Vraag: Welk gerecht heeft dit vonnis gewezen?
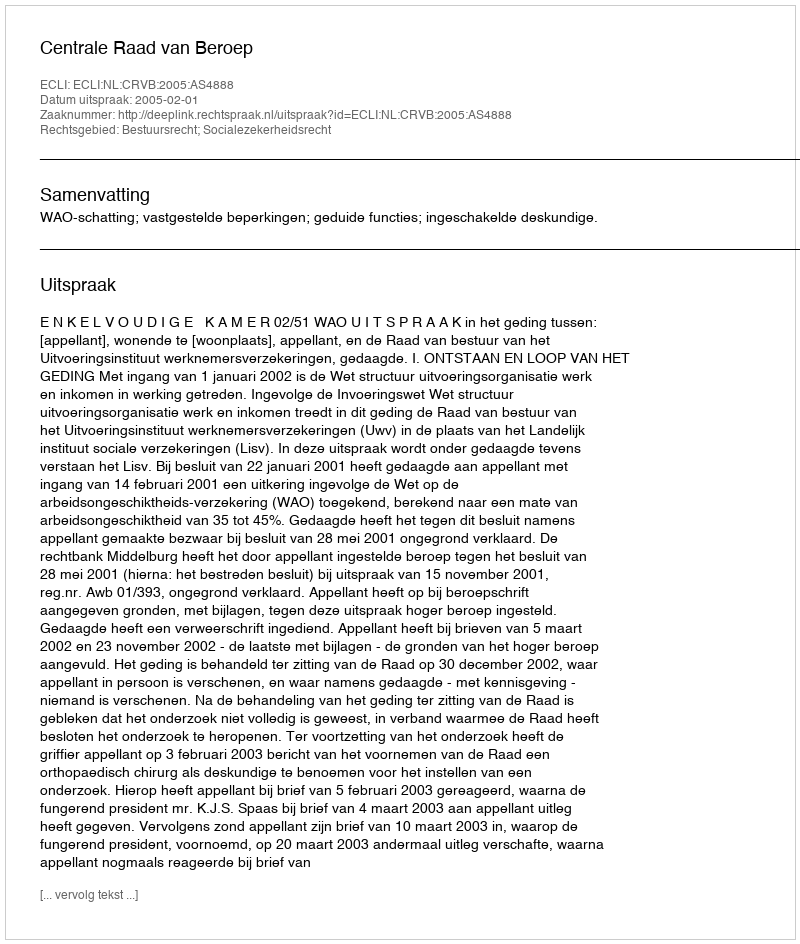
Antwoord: Centrale Raad van Beroep